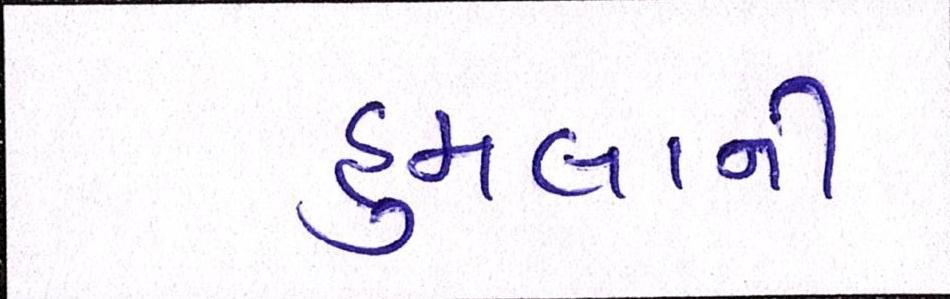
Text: હુમલાની